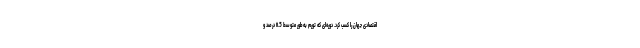
اقتصادی جهان را کسب کرد. دوره‌ای که تورم به‌طور متوسط ۱۱.5 درصد و